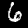
Label: 6